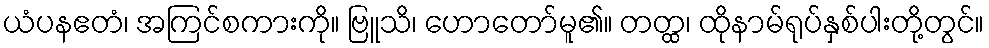
ယံပနဧတံ၊ အကြင်စကားကို။ ဗြူသိ၊ ဟောတော်မူ၏။ တတ္ထ၊ ထိုနာမ်ရုပ်နှစ်ပါးတို့တွင်။